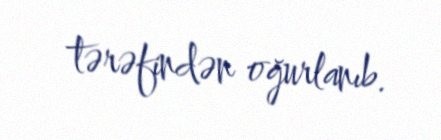
tərəfindən oğurlanıb.